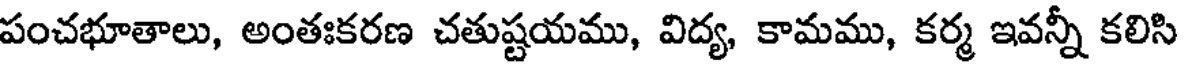
పంచభూతాలు, అంతఃకరణ చతుష్టయము, విద్య, కామము, కర్మ ఇవన్నీ కలిసి